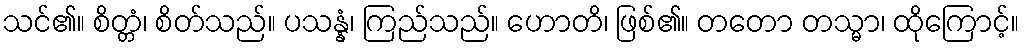
သင်၏။ စိတ္တံ၊ စိတ်သည်။ ပသန္နံ၊ ကြည်သည်။ ဟောတိ၊ ဖြစ်၏။ တတော တသ္မာ၊ ထိုကြောင့်။